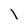
Character: l